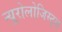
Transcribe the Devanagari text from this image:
न्यूरोलोजिस्ट्स